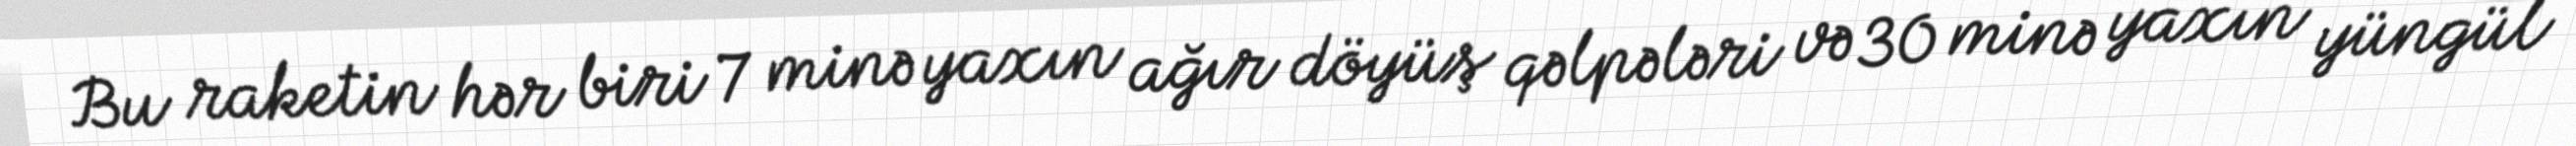
Bu raketin hər biri 7 minə yaxın ağır döyüş qəlpələri və 30 minə yaxın yüngül